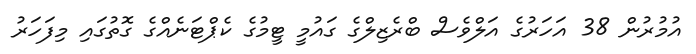
އުމުރުން 38 އަހަރުގެ އަލްވެސް ބްރެޒިލްގެ ގައުމީ ޓީމުގެ ކެޕްޓަނެއްގެ ގޮތުގައި މިފަހަރު